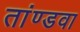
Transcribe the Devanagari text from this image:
तांण्डवा